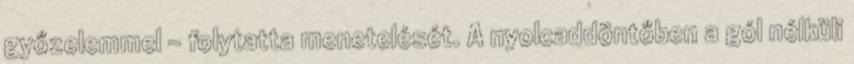
győzelemmel – folytatta menetelését. A nyolcaddöntőben a gól nélküli